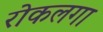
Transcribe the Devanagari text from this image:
रोकलगा